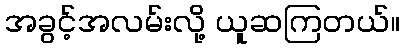
အခွင့်အလမ်းလို့ ယူဆကြတယ်။